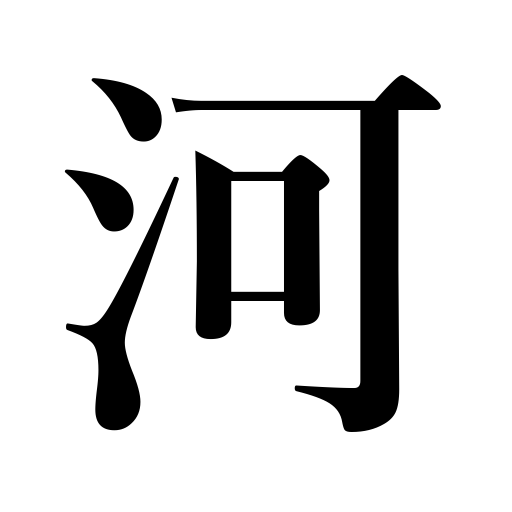
Meanings: stream,river